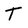
Character: T